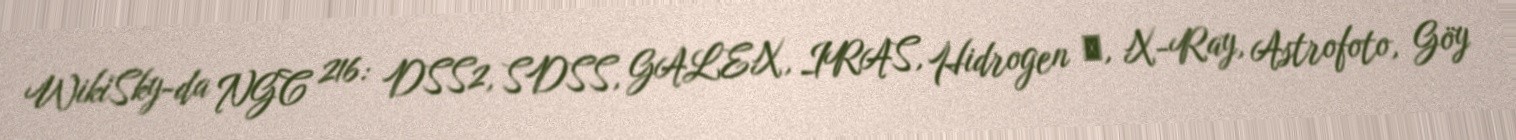
WikiSky-da NGC 216: DSS2, SDSS, GALEX, IRAS, Hidrogen α, X-Ray, Astrofoto, Göy